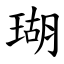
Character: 瑚